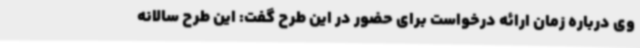
وی درباره زمان ارائه درخواست برای حضور در این طرح گفت: این طرح سالانه